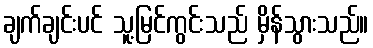
ချက်ချင်းပင် သူ့မြင်ကွင်းသည် မှိန်သွားသည်။